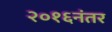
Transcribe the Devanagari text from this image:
२०१६नंतर